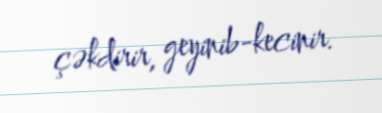
çəkdirir, geyinib-kecinir.